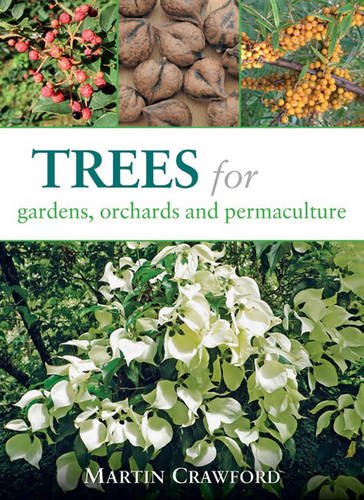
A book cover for Trees for Gardens, Orchards, and Permaculture; Martin Crawford; Crafts, Hobbies & Home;